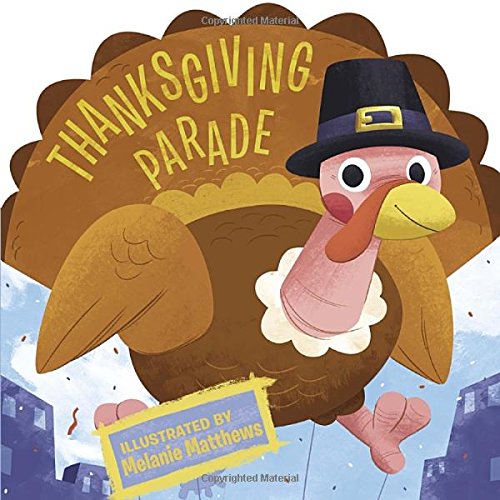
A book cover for Thanksgiving Parade (Thanksgiving Board Books); Kelly Asbury; Children's Books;